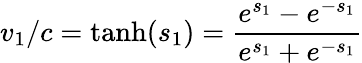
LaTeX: v_{1}/c={\mathrm{tanh}}(s_{1})={\frac{e^{s_{1}}-e^{-s_{1}}}{e^{s_{1}}+e^{-s_{1}}}}